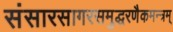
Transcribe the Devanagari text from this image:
संसारसागरसमुद्धरणैकमन्त्रम्